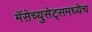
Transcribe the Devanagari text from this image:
मॅसेच्युसेट्समध्येच